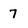
Character: 7